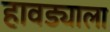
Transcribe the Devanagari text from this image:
हावड्याला